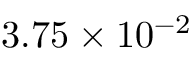
3 . 7 5 \times 1 0 ^ { - 2 }